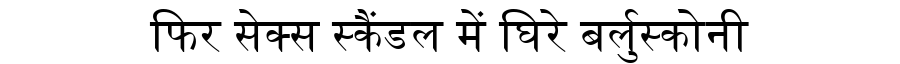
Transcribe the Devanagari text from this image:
फिर सेक्स स्कैंडल में घिरे बर्लुस्कोनी